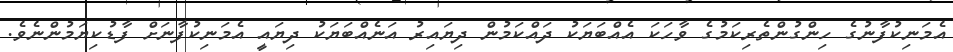
އެމަނިކުފާނުގެ ހިންގުންތެރިކަމުގެ ވާހަކަ އެއްބަޔަކު ދައްކަމުން ދިޔައިރު އަނެއްބަޔަކު ދިޔައީ އެމަނިކުފާނަށް ފާޑުކިޔަމުންނެވެ.